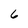
Character: 6